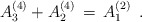
\begin{align*}A_3^{(4)}+A_2^{(4)}\,=\,A_1^{(2)} \,\,\, .\end{align*}